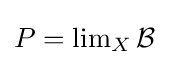
P=\operatorname {lim} _{X}{\mathcal {B}}